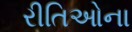
રીતિઓના